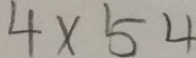
4 \times 5 4